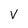
Character: V